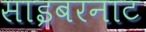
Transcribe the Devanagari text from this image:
साइबरनाट